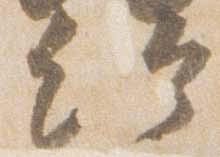
給